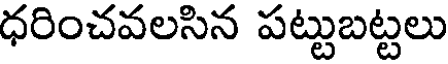
ధరించవలసిన పట్టుబట్టలు